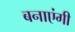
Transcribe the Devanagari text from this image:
बनाएंगी